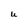
Character: U